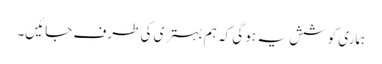
ہماری کوشش یہ ہو گی کہ ہم بہتری کی طرف جائیں۔